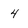
Character: 4